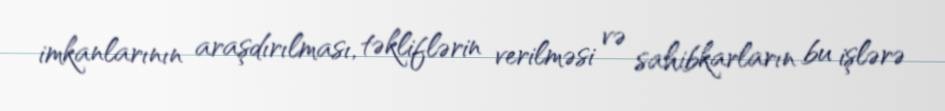
imkanlarının araşdırılması, təkliflərin verilməsi və sahibkarların bu işlərə